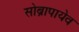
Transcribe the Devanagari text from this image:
सोब्रापायेव